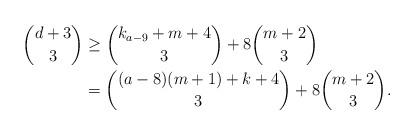
LaTeX: \begin{align*}\binom{d+3}{3}&\ge\binom{k_{a-9}+m+4}{3}+8\binom{m+2}{3}\\& =\binom{(a-8)(m+1)+k+4}{3}+8\binom{m+2}{3}.\end{align*}